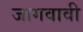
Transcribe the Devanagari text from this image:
जागवावी